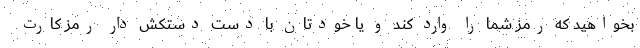
بخواهید که رمز شما را وارد کند و یا خودتان با دست دستکش دار رمز کارت